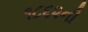
૧૮૬૨ની